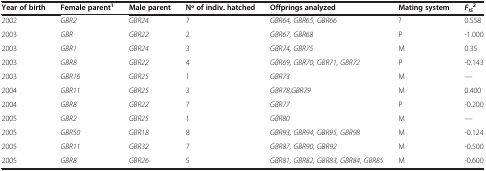
| Year of birth | Female parent1 | Male parent | No of indiv. hatched | Offprings analyzed | Mating system | FIS2 |
 | --- | --- | --- | --- | --- | --- | --- |
 | 2002 | GBR2 | GBR24 | 7 | GBR64, GBR65, GBR66 | ? | 0.558 |
 | 2003 | GBR | GBR22 | 2 | GBR67, GBR68 | P | -1.000 |
 | 2003 | GBR1 | GBR24 | 3 | GBR74, GBR75 | M | 0.35 |
 | 2003 | GBR8 | GBR22 | 4 | GBR69, GBR70, GBR71, GBR72 | P | -0.143 |
 | 2003 | GBR16 | GBR25 | 1 | GBR73 | M | — |
 | 2004 | GBR11 | GBR25 | 3 | GBR78,GBR79 | M | 0.400 |
 | 2004 | GBR8 | GBR22 | 7 | GBR77 | P | -0.200 |
 | 2005 | GBR2 | GBR25 | 1 | GBR80 | M | — |
 | 2005 | GBR50 | GBR18 | 8 | GBR93, GBR94, GBR95, GBR98 | M | -0.124 |
 | 2005 | GBR11 | GBR32 | 7 | GBR87, GBR90, GBR92 | M | -0.500 |
 | 2005 | GBR8 | GBR26 | 5 | GBR81, GBR82, GBR83, GBR84, GBR85 | M | -0.600 |